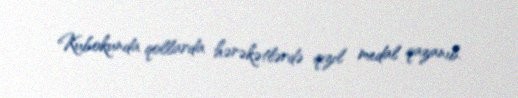
Kubokunda qollarda hərəkətlərdə qızıl medal qazanıb.